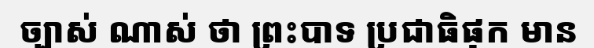
ច្បាស់ ណាស់ ថា ព្រះបាទ ប្រជាធិផុក មាន